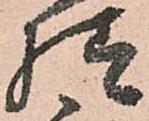
様